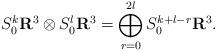
LaTeX: \begin{align*}S^k_0\mathbf R^3\otimes S^l_0\mathbf R^3 = \bigoplus_{r=0}^{2l} S^{k+l-r}_0\mathbf R^3.\end{align*}